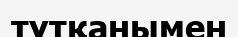
тұтқанымен